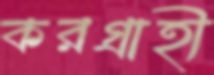
করগ্রাহী